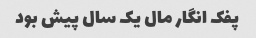
پفک انگار مال یک سال پیش بود